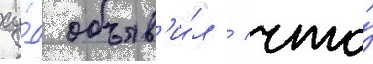
су́д объяв'и́л / что́